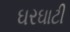
ઘરઘાટી